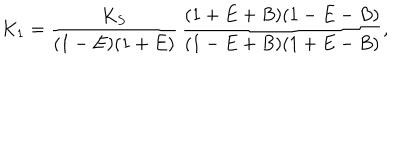
K _ { 1 } = \frac { K _ { S } } { ( 1 - E ) ( 1 + E ) } \, \frac { ( 1 + E + B ) ( 1 - E - B ) } { ( 1 - E + B ) ( 1 + E - B ) } ,